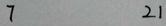
7 2 1